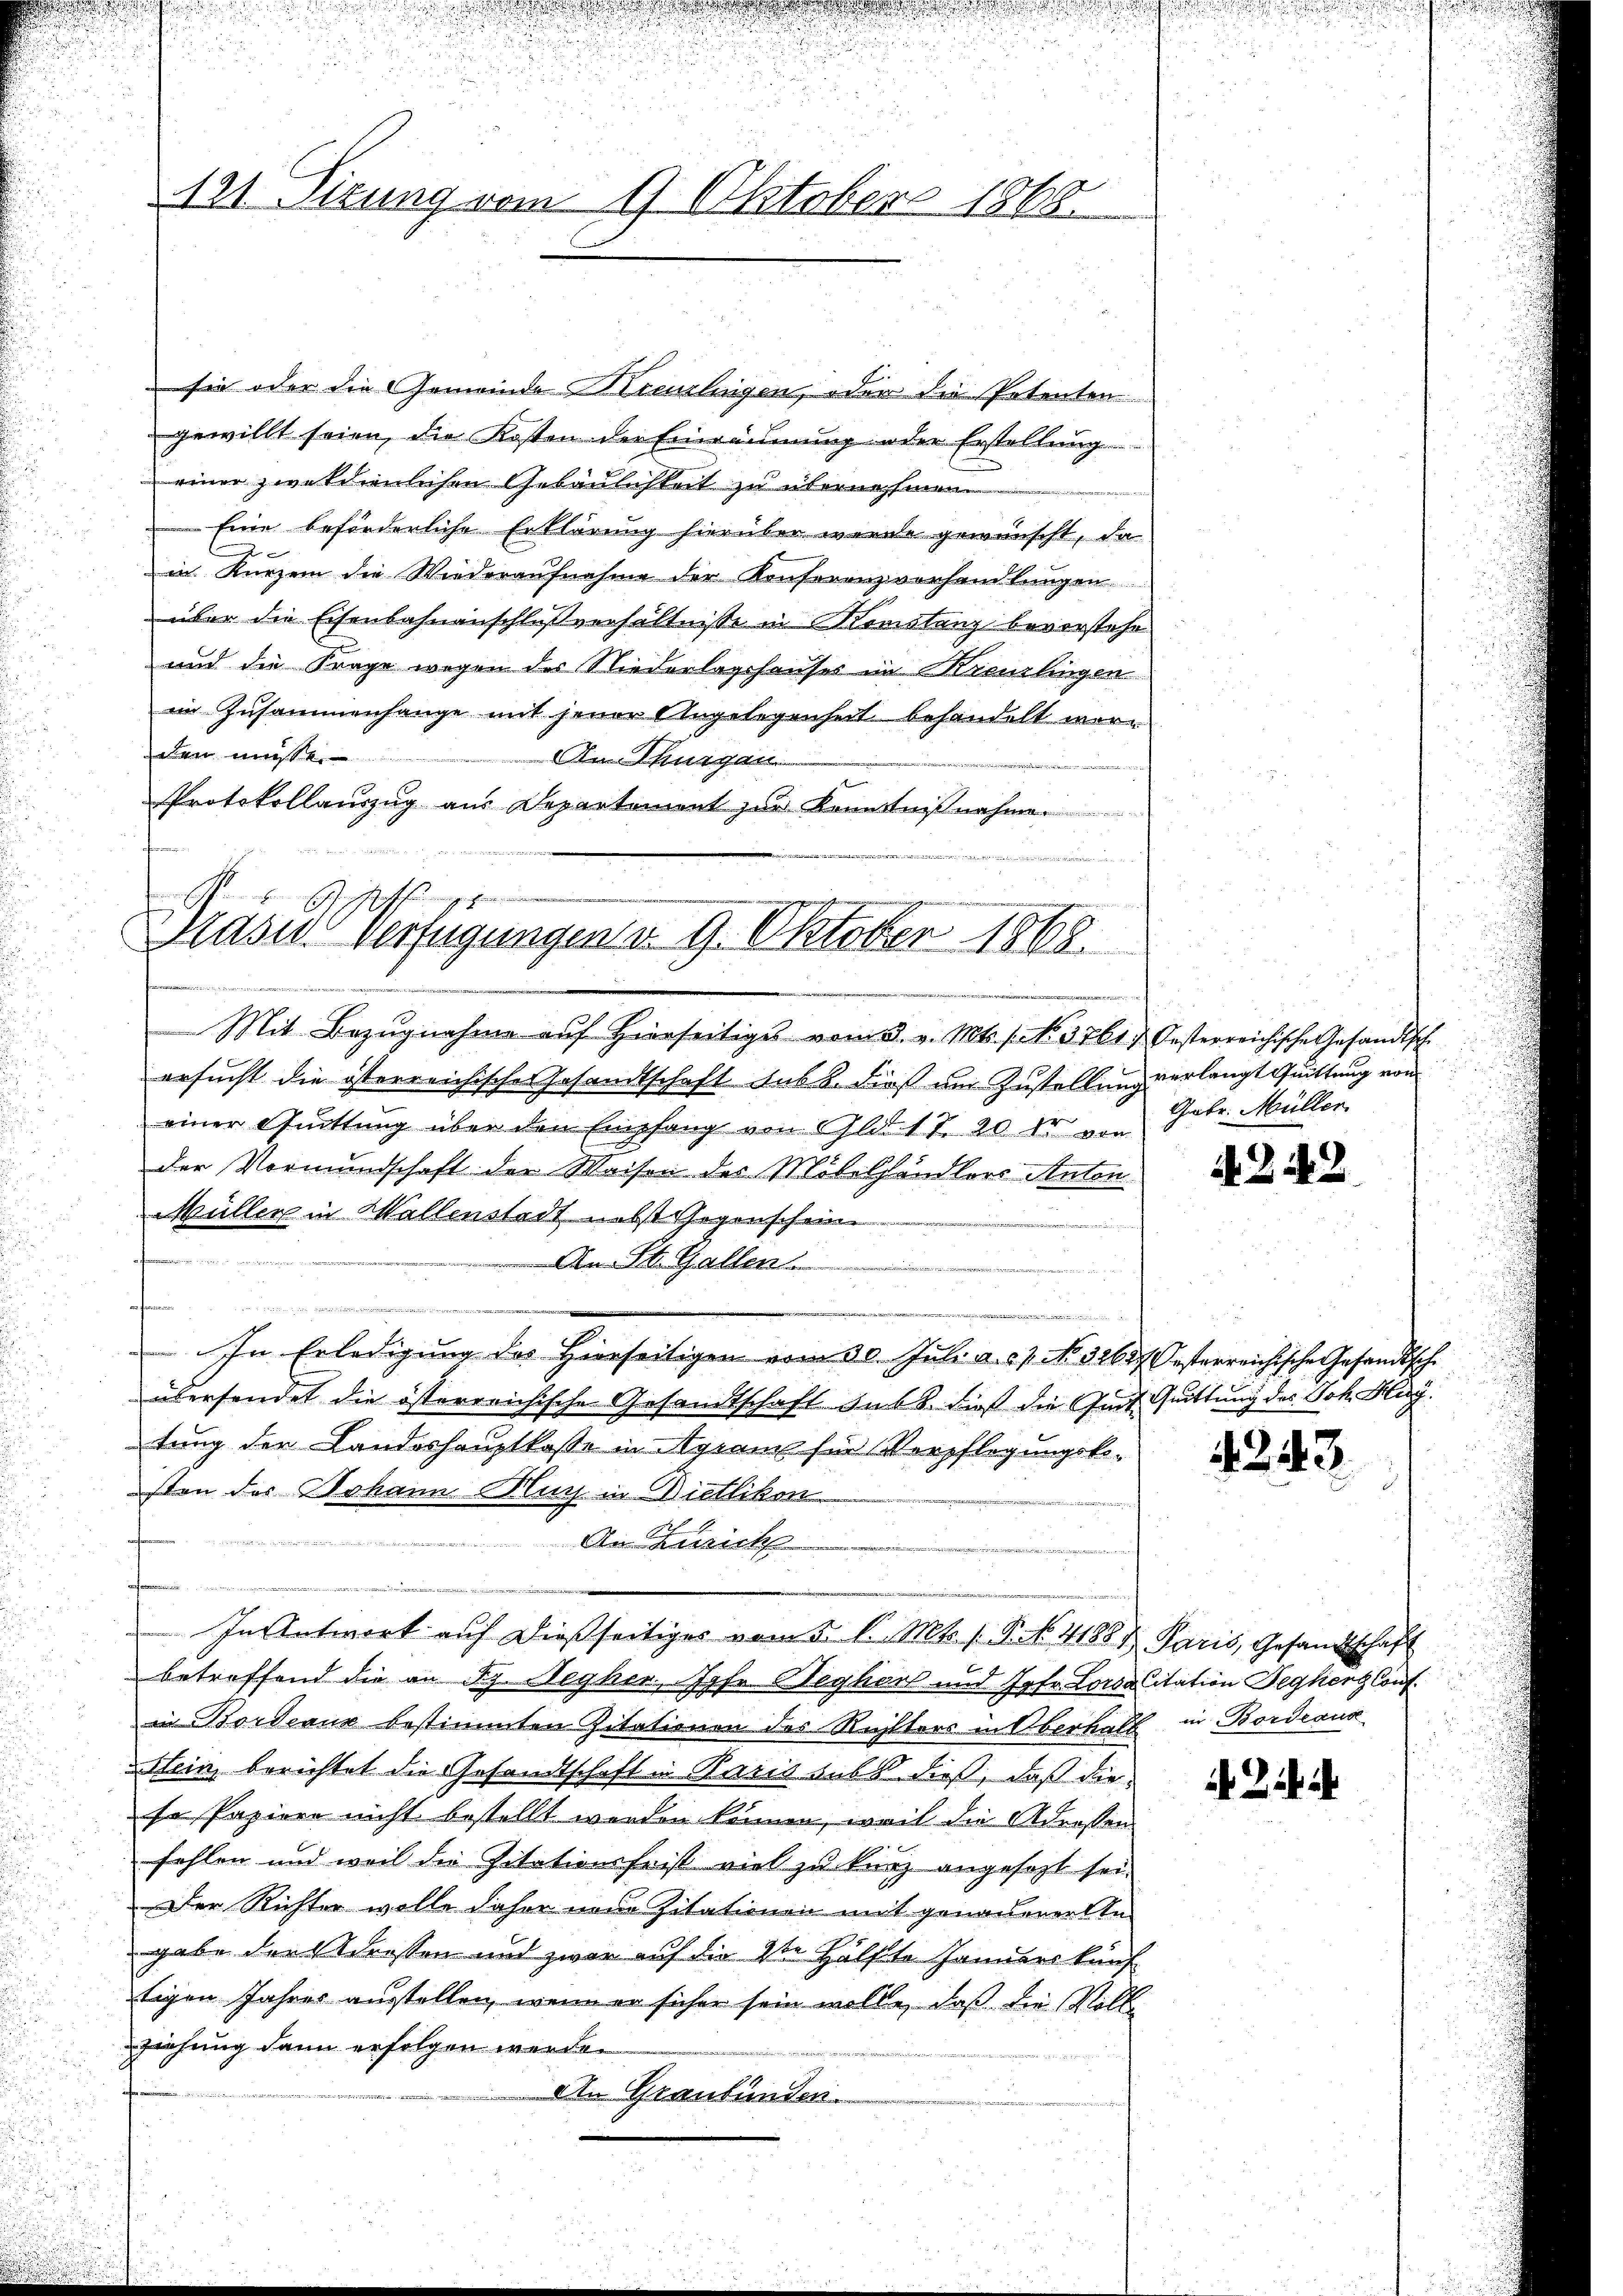
121 Titung vom 9. Oktober 1868

sie oder die Gemeinde Kreuzlingen, oder die Petenten
gewillt seien, die Kosten der Einräumung oder Erstellung
einer zweckdienlichen Gebäulichkeit zu übernehmen
Eine beförderliche Erklärung hierüber werde gewünscht, da
in. Kurzem die Wiederaŭfnahme der Konferenzverhandlŭngen
über die Eisenbahnanschlußverhältnisse in Momistanz bevorstehe
und die Frage wegen des Niederlagshauses in Kreuzlingen
im Zusammenhange mit jener Angelegenheit behandelt werden müsse.
n Ausgan
Protokollauszug aus Departement zur Kenntnißnahme.

Präses Verfügungen d. 9. Oktober 1868.

Mit Bezŭgnahme aŭf hierseitiges vom 3. v. Mts. f. No. 3761) Oesterreichische Gesandtsch
ersucht die österreichische Gesandtschaft aus B. dieß am Zustellung verlangt Quittung von
einer Quittung über den Empfang von Glit. 17. 20 l. von
der Vormundschaft der Waisen des Möbelhändlers Anton
Müller in Wallenstedt nebst Gegenschein
An St. Gallen . . . . . . . . . . . .
ten
u
In Erledigŭng des hierseitigen vom 30. Jŭli a. 57. No. 32627. Oesterreichische Gesandtsche
übersendet die österreichische Gesandtschaft sub 6. dieß die Gut Quittung des Joh. Hag
tung der Landeshauptkasse in Agram für Verpflegungsko-
isten des Johann Murz in Dietlikon
An Zürich
In Antwort auf dießseitiges vom 5. d. Mts. 1 P. N. 41887 Paris, Gesandtschaft
betreffend die an Ag. Negher, Jahr Begler und Jahr. Lorsalitation Fegkert Conf
in Bordeaux bestimmten Zitationen des Richters in Oberhalt in Bordeaus
stein berichtet die Gesandtschaft in Rasis aus dieß, daß die
fe Papiere nicht bestellt werden können, weil die Adressen
fehlen und weil die Zitationsfrist viel zu kurz angesezt sei.
Der Richter wolle daher neue Zitationen mit genauerer In-
gabe der Strassen und zwar auf die 2te Hälfte Januars künf
tigen Jahres ausstellen, wenn er sicher sein wolle, daß die Vollziehung dann erfolgen werde.
An Graubünden.

Gatr. Müller

4242

4243.

A Ziff